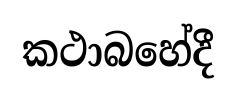
කථාබහේදී